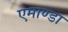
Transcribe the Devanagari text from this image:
एमाण्डा